Civil Veterinary Department. Central Provinces & Berar 1932-41 - 1932-1941
Year: 1932
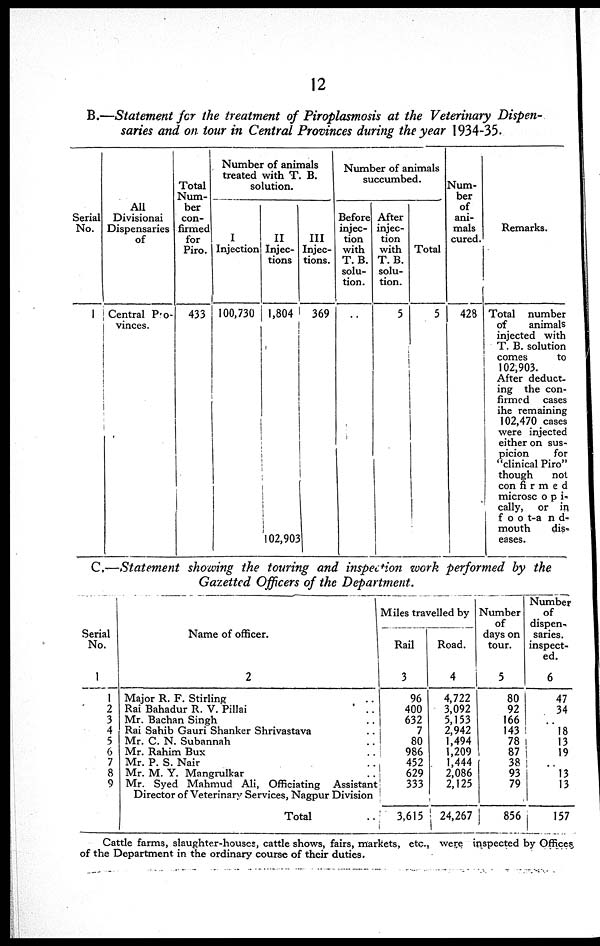
12
B.—Statement for the treatment of Piroplasmosis at the Veterinary Dispen-
saries and on tour in Central Provinces during the year 1934-35.
Serial
No.
1
All
Divisionai
Dispensaries
of
Central Pro-
vinces.
Total
Num-
ber
con-
firmed
for
Piro.
433
Number of animals
treated with T. B.
solution.
I
Injection
100,730
II
Injec-
tions
1,804
102,903
III
Injec-
tions.
369
Number of animals
succumbed.
Before
injec-
tion
with
T. B.
solu-
tion.
..
After
injec-
tion
with
T. B.
solu-
tion.
5
Total
5
Num-
ber
of
ani-
mals
cured.
428
Remarks.
Total number
of
animals
injected with
T. B. solution
comes
to
102,903.
After deduct-
ing the con-
firmed
cases
the remaining
102,470 cases
were injected
either on sus-
picion
for
"clinical Piro"
though
not
con
firmed
microsc opi¬
cally, or in
foot-and¬
mouth
dis-
eases.
C.—Statement showing the touring and inspection work performed by the
Gazetted Officers of the Department.
Serial
No.
1
1
2
3
4
5
6
7
8
9
Name of officer.
2
Major R. F. Stirling ..
Rai Bahadur R. V. Pillai ..
Mr. Bachan Singh ..
Rai Sahib Gauri Shanker Shrivastava ..
Mr. C. N. Subannah ..
Mr. Rahim Bux ..
Mr. P. S. Nair ..
Mr. M. Y. Mangrulkar ..
Mr. Syed Mahmud Ali, Officiating Assistant
Director of Veterinary Services, Nagpur Division
Total ..
Miles travelled by
Rail
3
96
400
632
7
80
986
452
629
333
3,615
Road.
4
4,722
3,092
5,153
2,942
1,494
1,209
1,444
2,086
2,125
24,267
Number
of
days on
tour.
5
80
92
166
143
78
87
38
93
79
856
Number
of
dispen-
saries.
inspect-
ed.
6
47
34
..
l8
13
19
..
13
13
157
Cattle farms, slaughter-houses, cattle shows, fairs, markets, etc., were inspected by Offices
of the Department in the ordinary course of their duties.